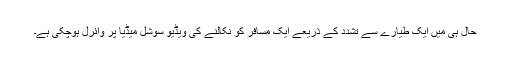
حال ہی میں ایک طیارے سے تشدد کے ذریعے ایک مسافر کو نکالنے کی ویڈیو سوشل میڈیا پر وائرل ہوچکی ہے۔